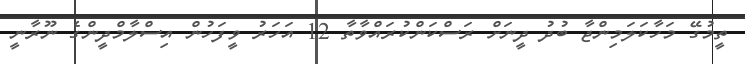
ތީމުގޭ މަހާކަލަމިންޖާ ބުދު ދީނަށް ރަސްކަންކުރައްވާތާ 12 އަހަރު ވީފަހުން އިސްލާމްދީންގެ ނޫރާނީ